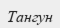
Тангун